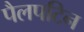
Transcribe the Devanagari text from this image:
पैलपटिन